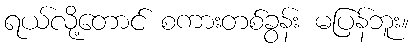
ရယ်လို့တောင် စကားတစ်ခွန်း မပြန်ဘူး။